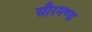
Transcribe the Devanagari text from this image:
सौरमण्ड